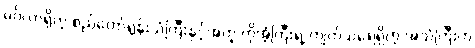
မင်္ဂလာရှိတဲ့ စည်တော်ရွန်းသံကြီးနှင့်အတူ ကိုအံ့ကြီးရဲ့ ကျက်သရေရှိတဲ့ အသံကြီးက